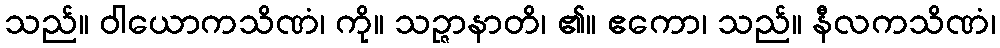
သည်။ ဝါယောကသိဏံ၊ ကို။ သဉ္ဇာနာတိ၊ ၏။ ဧကော၊ သည်။ နီလကသိဏံ၊